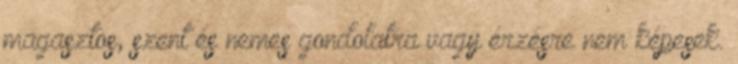
magasztos, szent és nemes gondolatra vagy érzésre nem képesek.